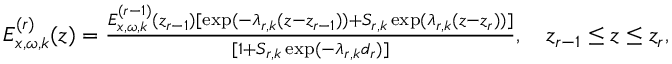
\begin{array} { r } { E _ { x , \omega , k } ^ { ( r ) } ( z ) = \frac { E _ { x , \omega , k } ^ { ( r - 1 ) } ( z _ { r - 1 } ) [ \exp ( - \lambda _ { r , k } ( z - z _ { r - 1 } ) ) + { \cal S } _ { r , k } \exp ( \lambda _ { r , k } ( z - z _ { r } ) ) ] } { [ 1 + { \cal S } _ { r , k } \exp ( - \lambda _ { r , k } d _ { r } ) ] } , \quad z _ { r - 1 } \leq z \leq z _ { r } , } \end{array}